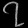
Digit: ၇